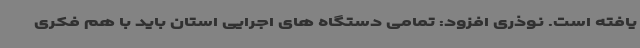
یافته است. نوذری افزود: تمامی دستگاه های اجرایی استان باید با هم فکری